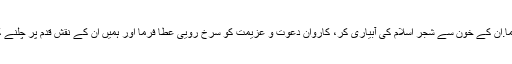
مولانا نظامی کی شہادت کو قبول فرما.ان کے خون سے شجر اسلام کی آبیاری کر، کاروان دعوت و عزیمت کو سرخ رویی عطا فرما اور ہمیں ان کے نقش قدم پر چلنے کی توفیق دے . آمین، یا رب العالمین!